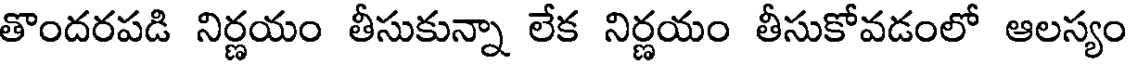
తొందరపడి నిర్ణయం తీసుకున్నా లేక నిర్ణయం తీసుకోవడంలో ఆలస్యం